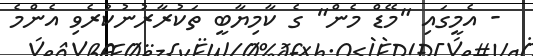
- އެމީގައި "މޭޑް މެން" ގެ ކާމިޔާބީ ތަކުރާރުނުކުރެވި އެންމެ